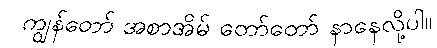
ကျွန်တော် အစာအိမ် တော်တော် နာနေလို့ပါ။